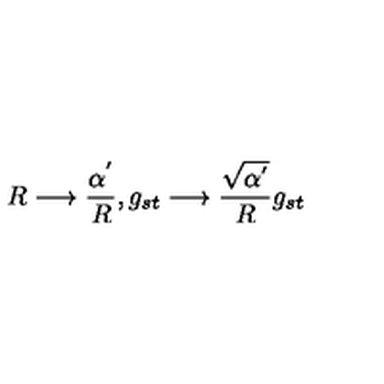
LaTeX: R \longrightarrow \frac { \alpha ^ { ' } } { R } , g _ { s t } \longrightarrow \frac { \sqrt { \alpha ^ { ' } } } { R } g _ { s t }